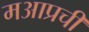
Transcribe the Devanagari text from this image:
मआप्रची